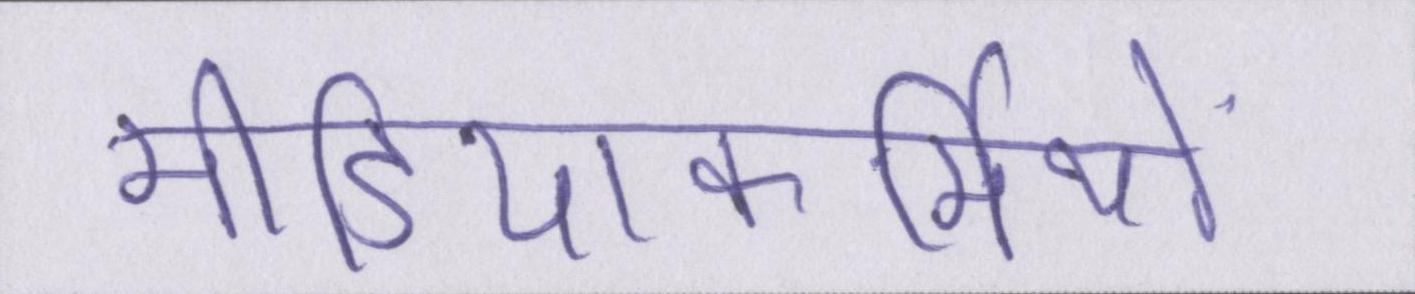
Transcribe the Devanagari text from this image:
मीडियाकर्मियों